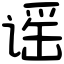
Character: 谣